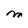
Character: M